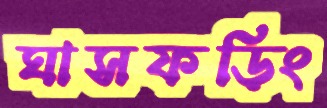
ঘাসফড়িং